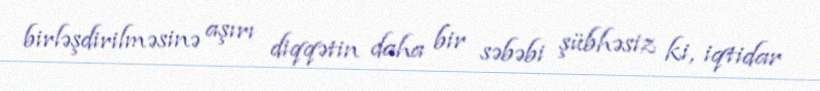
birləşdirilməsinə aşırı diqqətin daha bir səbəbi şübhəsiz ki, iqtidar